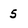
Character: 5